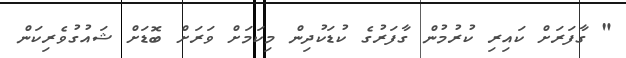
" ގާފަރަށް ކައިރި ކުރުމުން ގާފަރުގެ ކުޑަކުދިން މިކަމަށް ވަރަށް ބޮޑަށް ޝައުގުވެރިކަން